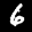
Label: 6